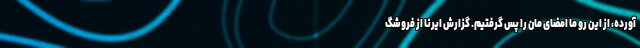
آورده، از این رو ما امضای ‌مان را پس گرفتیم. گزارش ایرنا از فروشگ